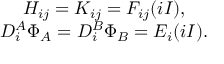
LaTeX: \begin{array} { c } { { H _ { i j } = K _ { i j } = F _ { i j } ( i I ) , } } \\ { { D _ { i } ^ { A } \Phi _ { A } = D _ { i } ^ { B } \Phi _ { B } = E _ { i } ( i I ) . } } \end{array}